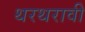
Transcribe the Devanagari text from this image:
थरथरावी